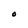
Character: O